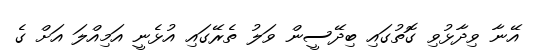
އޭނާ ވިދާޅުވި ގޮތުގައި ބިދޭސީން ވަލު ތެރޭގައި އުޅެނީ އަމިއްލަ އަށް ގެ